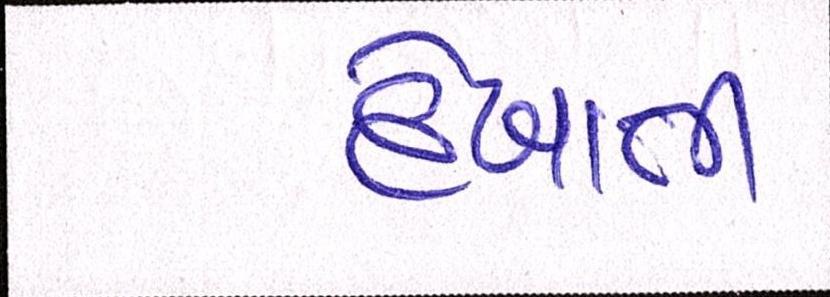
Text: દેખાતી